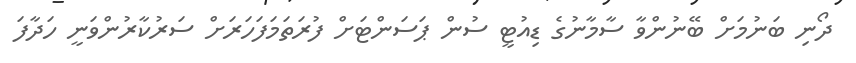
ދޯނި ބަނުމަށް ބޭނުންވާ ސާމާނުގެ ޑިއުޓީ ސުން ޕަސަންޓަށް ފުރަތަމަފަހަރަށް ސަރުކާރުންވަނީ ހަދާފަ